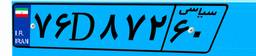
۶۹D۸۷۷۱۰